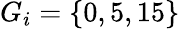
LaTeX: G_{i}=\{ 0,5,15\}